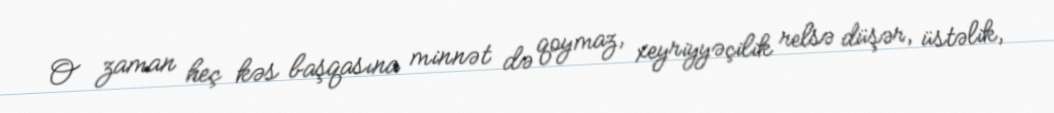
O zaman heç kəs başqasına minnət də qoymaz, xeyriyyəçilik relsə düşər, üstəlik,